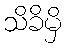
သိခိမှိ